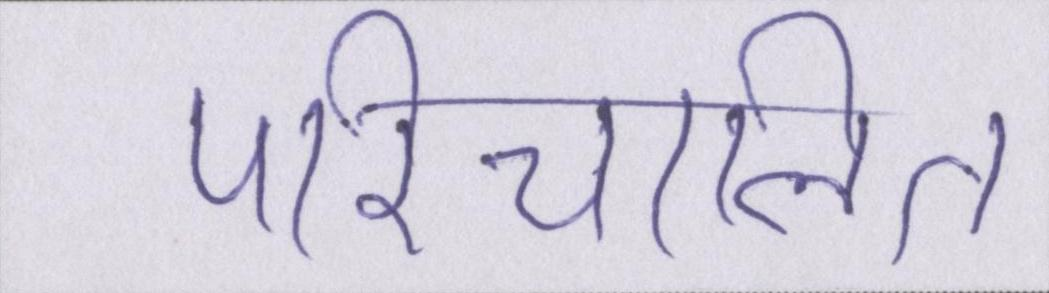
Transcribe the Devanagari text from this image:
परिचालित